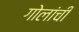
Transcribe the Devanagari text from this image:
गोलांची